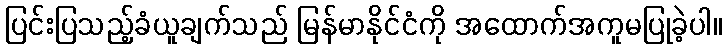
ပြင်းပြသည့်ခံယူချက်သည် မြန်မာနိုင်ငံကို အထောက်အကူမပြုခဲ့ပါ။